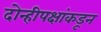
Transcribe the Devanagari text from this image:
दोन्हीपक्षांकडून